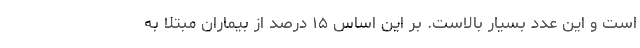
است و این عدد بسیار بالاست. بر این اساس ۱۵ درصد از بیماران مبتلا به